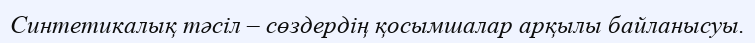
Синтетикалық тәсіл – сөздердің қосымшалар арқылы байланысуы.